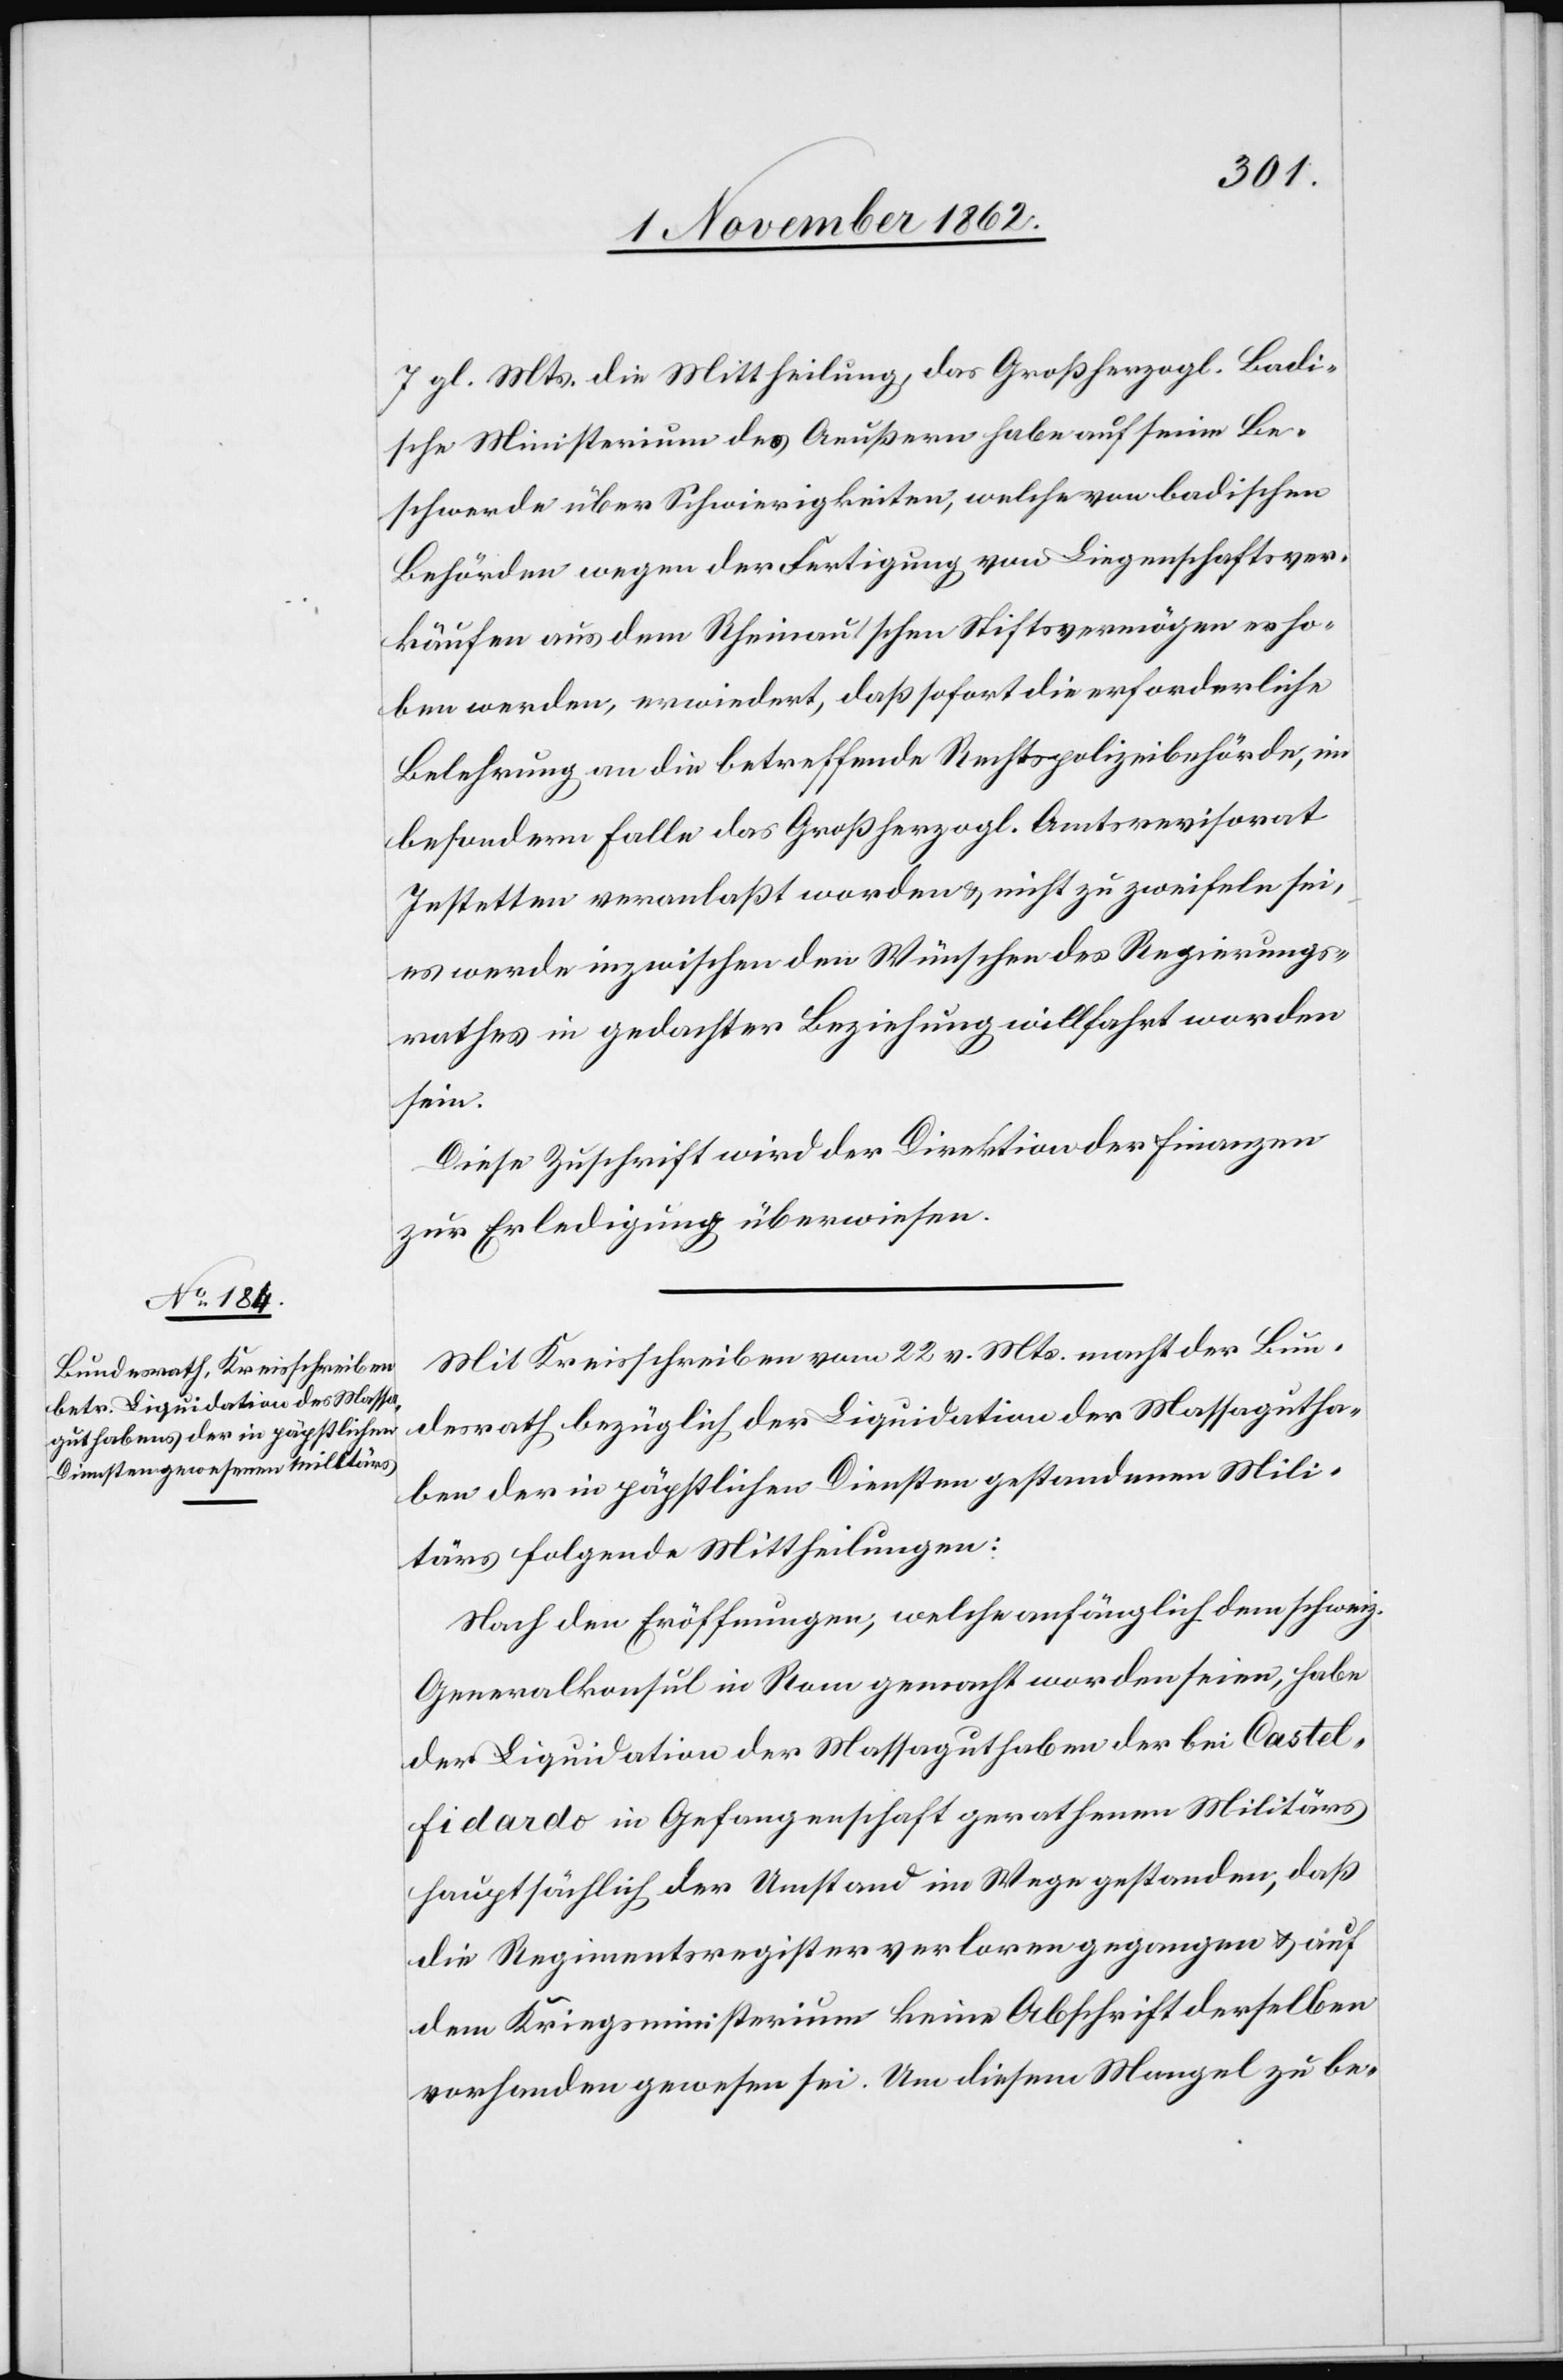
7. gl. Mts. die Mittheilung, das Großherzogl. Badi¬
sche Ministerium des Aeußern habe auf eine Be¬
schwerde über Schwierigkeiten, welche von badischen
Behörden wegen der Fertigung von Liegenschaftsver¬
käufen aus dem Rheinau’schen Stiftsvermögen erho¬
ben werden, erwiedert, daß sofort die erforderliche
Belehrung an die betreffende Rechtspolizeibehörde, im
besondern Falle das Großherzogl. Amtsrevisorat
Jestetten veranlaßt worden u. nicht zu zweifeln sei,
es werde inzwischen den Wünschen des Regierungs¬
rathes in gedachter Beziehung willfahrt worden
sein.
Diese Zuschrift wird der Direktion der Finanzen
zur Erledigung überwiesen.
Mit Kreisschreiben vom 22.v. Mts. macht der Bun¬
desrath bezüglich der Liquidation der Massagutha¬
ben der in päpstlichen Diensten gestandenen Mili¬
tärs folgende Mittheilungen:
Nach den Eröffnungen, welche anfänglich dem schweiz.
Generalkonsul in Rom gemacht worden seien, habe
der Liquidation der Massaguthaben der bei Castel-F¬
idardo in Gefangenschaft gerathenen Militärs
hauptsächlich der Umstand im Wege gestanden, daß
dem Kriegsministerium keine Abschrift derselben
vorhanden gewesen sei. Um diesem Mangel zu be-